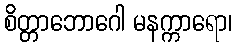
စိတ္တာဘောဂေါ မနက္ကာရော၊